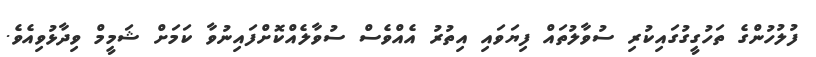
ފުލުހުންގެ ތަހުގީގުގައިކުރި ސުވާލުތައް ފިޔަވައި އިތުރު އެއްވެސް ސުވާލެއްކޮށްފައިނުވާ ކަމަށް ޝަމީމް ވިދާޅުވިއެވެ.